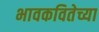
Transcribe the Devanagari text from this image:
भावकवितेच्या